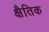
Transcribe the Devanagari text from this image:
क्षैतिक